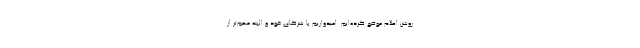
روشن اعلام موضع کرده‌ایم. امیدواریم با شرکای خود و البته مهم‌تر از